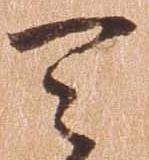
天